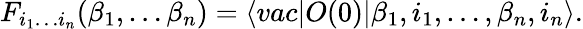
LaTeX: F_{i_{1}\dots i_{n}}(\beta_{1},\dots\beta_{n})=\langle vac\vert O(0)\vert\beta_{1},i_{1},\dots,\beta_{n},i_{n}\rangle.